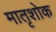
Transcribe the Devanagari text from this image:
मातृशोक